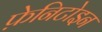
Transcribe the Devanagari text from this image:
फ़ेनिटोइन